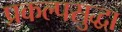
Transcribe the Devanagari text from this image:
प्रकल्पसुद्धा